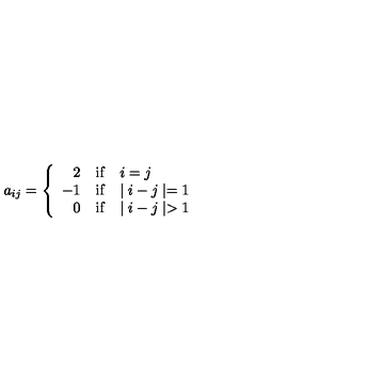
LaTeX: a _ { i j } = \left\{ \begin{array} { r l l } { 2 } & { \mathrm { i f } } & { i = j } \\ { - 1 } & { \mathrm { i f } } & { \mid i - j \mid = 1 } \\ { 0 } & { \mathrm { i f } } & { \mid i - j \mid > 1 } \\ \end{array} \right.